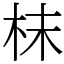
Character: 枺